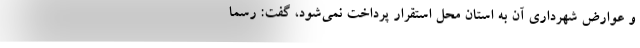
و عوارض شهرداری آن به استان محل استقرار پرداخت نمی‌شود، گفت: رسما